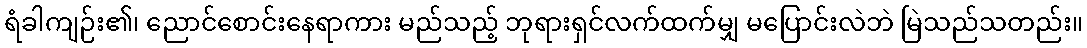
ရံခါကျဉ်း၏၊ ညောင်စောင်းနေရာကား မည်သည့် ဘုရားရှင်လက်ထက်မျှ မပြောင်းလဲဘဲ မြဲသည်သတည်း။